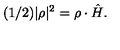
( 1 / 2 ) | \rho | ^ { 2 } = { \rho } \cdot \hat { H } .